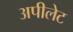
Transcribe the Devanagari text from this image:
अपीलेट